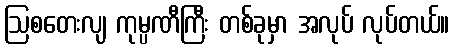
ဩစတေးလျ ကုမ္ပဏီကြီး တစ်ခုမှာ အလုပ် လုပ်တယ်။